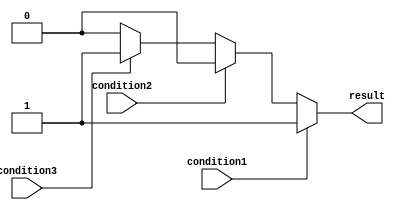
module multiple_if_else(
    input wire condition1,
    input wire condition2,
    input wire condition3,
    output reg result
);

always @(*) begin
    if (condition1) begin
        result = 1; // execute block1
    end
    else if (condition2) begin
        result = 2; // execute block2
    end
    else if (condition3) begin
        result = 3; // execute block3
    end
    else begin
        result = 0; // default case
    end
end

endmodule